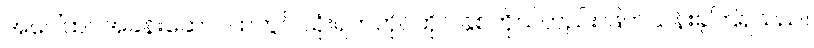
အပေါ်ထပ်အခန်းဆောင်ထဲတွင် သုံးရက်တိုင်တိုင် နှစ်ကိုယ်တည်း ဖြတ်သန်းခဲ့ကြရသည်။